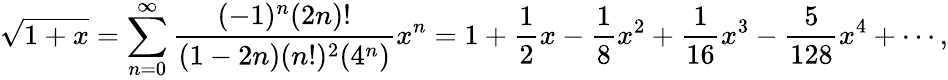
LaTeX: {\sqrt{1+x}}=\sum_{n=0}^{\infty}{\frac{(-1)^{n}(2n)!}{(1-2n)(n!)^{2}(4^{n})}}x^{n}=1+{\frac{1}{2}}x-{\frac{1}{8}}x^{2}+{\frac{1}{16}}x^{3}-{\frac{5}{128}}x^{4}+\cdots,